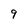
Character: 9